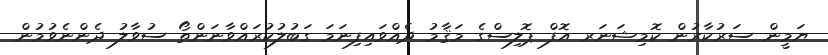
ޔަމީން ސަރުކާރުން ކޮމިޝަނަރ އޮފް ޕޮލިސްގެ މަޤާމު ދެއްވައިފިނަމަ ގަބުލުކުރައްވާނަންތޯ ސުވާލު ދެންނެވުމުން